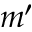
m ^ { \prime }